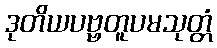
ဒုတိယပဗ္ဗတူပမသုတ္တံ